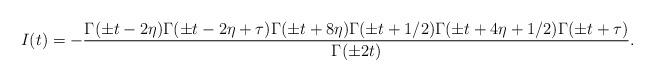
LaTeX: \begin{align*}I(t) = - \frac{\Gamma(\pm t - 2\eta) \Gamma(\pm t - 2\eta + \tau) \Gamma(\pm t + 8\eta) \Gamma(\pm t + 1/2) \Gamma(\pm t + 4 \eta + 1/2) \Gamma(\pm t + \tau)}{\Gamma(\pm 2t)}.\end{align*}